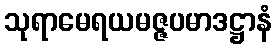
သုရာမေရယမဇ္ဇပမာဒဋ္ဌာနံ